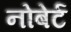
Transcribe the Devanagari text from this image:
नोबेर्ट